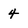
Character: 4